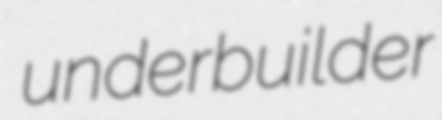
underbuilder